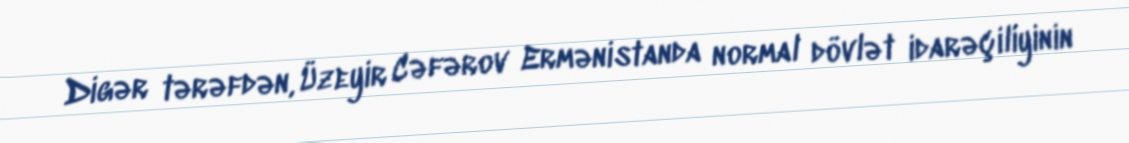
Digər tərəfdən, Üzeyir Cəfərov Ermənistanda normal dövlət idarəçiliyinin